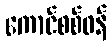
ကောင်စစ်ဝန်